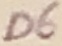
Text: D6